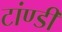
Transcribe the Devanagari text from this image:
टांण्डी